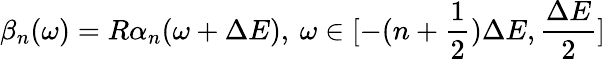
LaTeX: \beta_{n}(\omega)=R\alpha_{n}(\omega+\Delta E),\: \omega\in[-(n+\frac{1}{2})\Delta E,\frac{\Delta E}{2}]